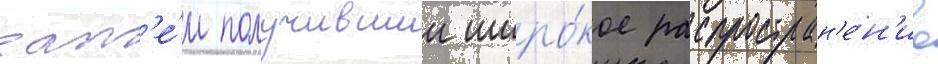
зат'е́м получившии широ́кое распростран'е́н'ие